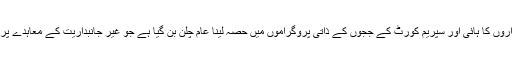
آج کل اعلیٰ آئینی عہدیداروں کا ہائی اور سپریم کورٹ کے ججوں کے ذاتی پروگراموں میں حصہ لینا عام چلن بن گیا ہے جو غیر جانبداریت کے معاہدے پر سوال کھڑے کرتا ہے۔